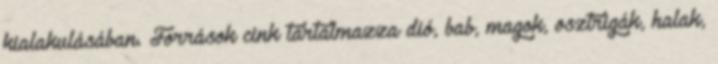
kialakulásában. Források cink tartalmazza dió, bab, magok, osztrigák, halak,